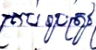
គ្រប់រូបត្រូវ